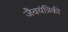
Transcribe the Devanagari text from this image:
जैवयंत्रिकी